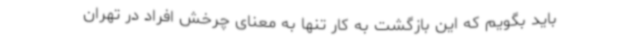
باید بگویم که این بازگشت به کار تنها به معنای چرخش افراد در تهران